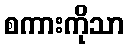
စကားကိုသာ